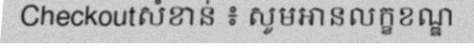
Checkoutសំខាន់ ៖ សូមអានលក្ខខណ្ឌ